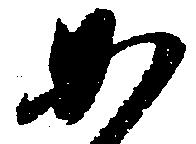
如